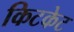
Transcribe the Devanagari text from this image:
किटकेट